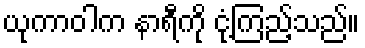
ယုကာဝါက နာရီကို ငုံ့ကြည့်သည်။